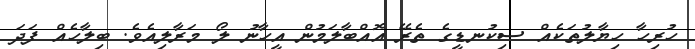
ހުރިހާ ހިޔާލުތަކެއް ސިކުނޑީގެ ތެރޭ އޮއްބާލަމުން އީހާނު ލޯ މަރާލިއެވެ. ބިލާހެއް ފަދަ